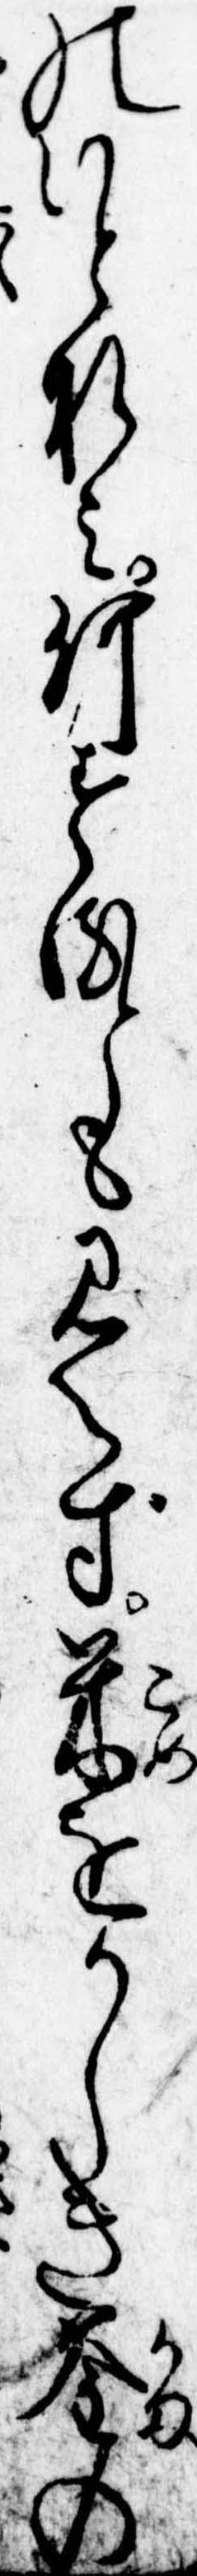
のいとなみ何するとも見えず米をかしき釜の